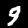
Label: 9